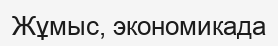
Жұмыс, экономикада